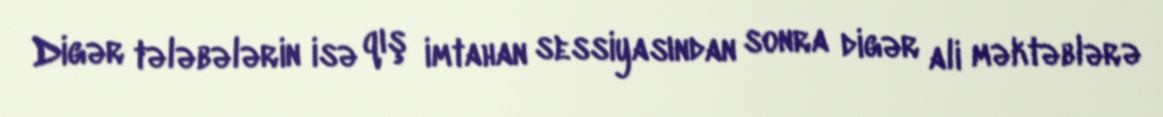
Digər tələbələrin isə qış imtahan sessiyasından sonra digər ali məktəblərə